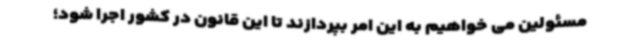
مسئولین می خواهیم به این امر بپردازند تا این قانون در کشور اجرا شود؛